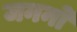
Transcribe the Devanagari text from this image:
जननो